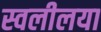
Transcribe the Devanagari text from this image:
स्वलीलया